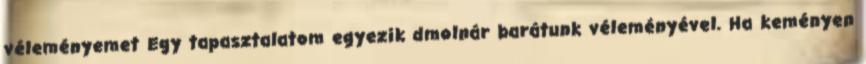
véleményemet Egy tapasztalatom egyezik dmolnár barátunk véleményével. Ha keményen